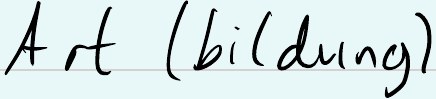
Art (bildung)